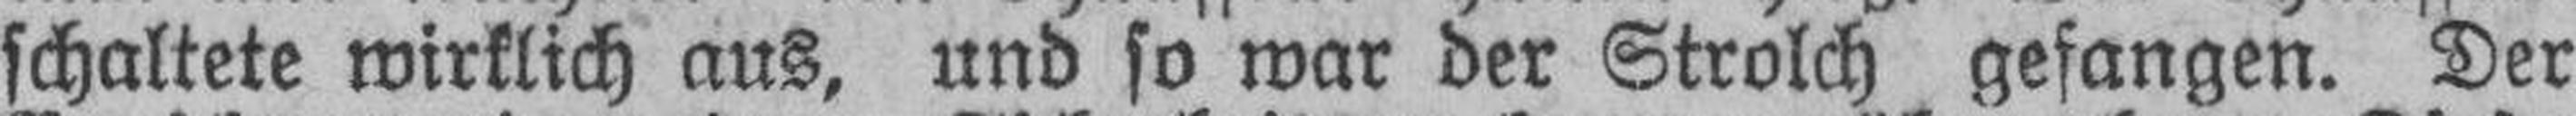
schaltete wirklich aus, und so war der Strolch gefangen. Der